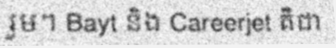
រួម។ Bayt និង Careerjet គឺជា